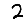
Digit: 2